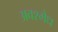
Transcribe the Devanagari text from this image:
अवश्मेध